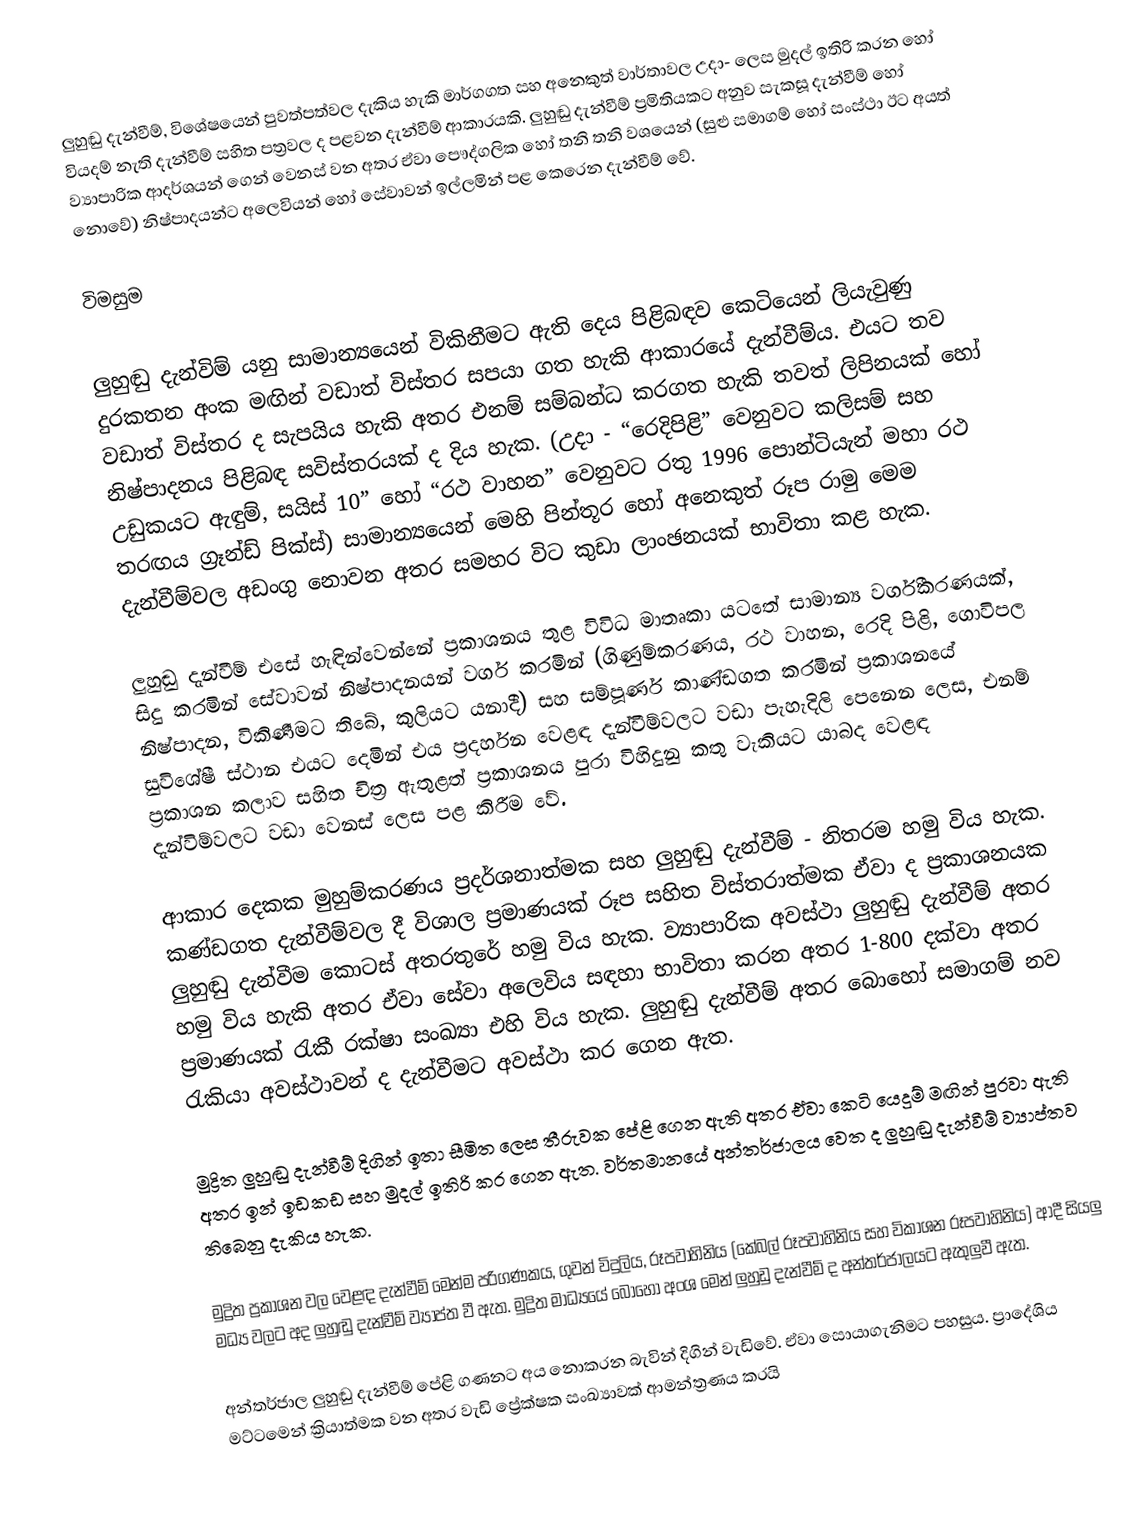
ලුහුඬු දැන්වීම්, විශේෂයෙන් පුවත්පත්වල දැකිය හැකි මාර්ගගත සහ අනෙකුත් වාර්තාවල උදා- ලෙස මුදල් ඉතිරි කරන හෝ වියදම් නැති දැන්වීම් සහිත පත්‍රවල ද පළවන දැන්වීම් ආකාරයකි. ලුහුඬු දැන්වීම් ප්‍රමිතියකට අනුව සැකසූ දැන්වීම් හෝ ව්‍යාපාරික ආදර්ශයන් ගෙන් වෙනස් වන අතර ඒවා පෞද්ගලික හෝ තනි තනි වශයෙන් (සුළු සමාගම් හෝ සංස්ථා ඊට අයත් නොවේ) නිෂ්පාදයන්ට අලෙවියන් හෝ සේවාවන් ඉල්ලමින් පළ කෙරෙන දැන්වීම් වේ.

විමසුම
‍
ලුහුඬු දැන්විම් යනු සාමාන්‍යයෙන් විකිනීමට ඇති දෙය පිළිබඳව කෙටියෙන් ලියැවුණු දුරකතන අංක මඟින් වඩාත් විස්තර සපයා ගත හැකි ආකාරයේ දැන්වීම්ය. එයට තව වඩාත් විස්තර ද සැපයිය හැකි අතර එනම් සම්බන්ධ කරගත හැකි තවත් ලිපිනයක් හෝ නිෂ්පාදනය පිළිබඳ සවිස්තරයක් ද දිය  හැක. (උදා - “රෙදිපිළි” වෙනුවට කලිසම් සහ උඩුකයට ඇඳුම්, සයිස් 10” හෝ “රථ වාහන” වෙනුවට රතු 1996 පොන්ටියැන් මහා රථ තරඟය ග්‍රෑන්ඩ් පික්ස්) සාමාන්‍යයෙන් මෙහි පින්තූර හෝ අනෙකුත් රූප රාමු මෙම දැන්වීම්වල අඩංගු නොවන අතර සමහර විට කුඩා ලාංඡනයක් භාවිතා කළ හැක.

ලුහුඬු දැන්වීම් එසේ හැඳින්වෙන්නේ ප්‍රකාශනය තුළ විවිධ මාතෘකා යටතේ සාමාන්‍ය වර්ගීකරණයක්, සිදු කරමින් සේවාවන් නිෂ්පාදනයන් වර්ග කරමින් (ගිණුම්කරණය, රථ වාහන, රෙදි පිළි, ගොවිපල නිෂ්පාදන, විකිණීමට තිබේ, කුලියට යනාදී) සහ සම්පූර්ණ කාණ්ඩගත කරමින් ප්‍රකාශනයේ සුවිශේෂී ස්ථාන එයට දෙමින් එය ප්‍රදර්හන වෙළඳ දැන්වීම්වලට වඩා පැහැදිලි පෙනෙන ලෙස, එනම් ප්‍රකාශන කලාව සහිත චිත්‍ර ඇතුළත් ප්‍රකාශනය පුරා විහිදුනු කතු වැකියට යාබද වෙළඳ දැන්විම්වලට වඩා  වෙනස් ලෙස පළ කිරීම වේ.

ආකාර දෙකක මුහුම්කරණය ප්‍රදර්ශනාත්මක සහ ලුහුඬු දැන්වීම් - නිතරම හමු විය හැක. කණ්ඩගත දැන්වීම්වල දී විශාල ප්‍රමාණයක් රූප සහිත විස්තරාත්මක ඒවා ද ප්‍රකාශනයක ලුහුඬු දැන්වීම කොටස් අතරතුරේ හමු විය හැක. ව්‍යාපාරික අවස්ථා ලුහුඬු දැන්වීම් අතර හමු විය හැකි අතර ඒවා සේවා අලෙවිය සඳහා භාවිතා කරන අතර 1-800 දක්වා අතර ප්‍රමාණයක් රැකී රක්ෂා සංඛ්‍යා එහි විය හැක. ලුහුඬු දැන්වීම් අතර බොහෝ සමාගම් නව රැකියා අවස්ථාවන් ද දැන්වීමට අවස්ථා කර ගෙන ඇත.

මුද්‍රිත ලුහුඬු දැන්වීම් දිගින් ඉතා සීමිත ලෙස තීරුවක පේළි ගෙන ඇති අතර ඒවා කෙටි යෙදුම් මඟින් පුරවා ඇති අතර ඉන් ඉඩකඩ සහ මුදල් ඉතිරි කර ගෙන ඇත. වර්තමානයේ අන්තර්ජාලය වෙත ද ලුහුඬු දැන්වීම් ව්‍යාප්තව තිබෙනු දැකිය හැක.

මුද්‍රිත ප්‍රකාශන වල වෙළඳ දැන්වීම් මෙන්ම පරිගණකය, ගුවන් විදුලිය, රූපවාහිනිය (කේබල් රූපවාහිනිය සහ විකාශන රූපවාහිනිය) ආදී සියලු මධ්‍ය වලට අද ලුහුඬු දැන්වීම් ව්‍යාප්ත වී ඇත. මුද්‍රිත මාධ්‍යයේ බොහෝ අංශ මෙන් ලුහුඩු දැන්වීම් ද අන්තර්ජාලයට ඇතුලුවී ඇත.

අන්තර්ජාල ලුහුඬු දැන්වීම් පේළි ගණනට අය නොකරන බැවින් දිගින් වැඩිවේ. ඒවා සොයාගැනිමට පහසුය. ප්‍රාදේශිය මට්ටමෙන් ක්‍රියාත්මක වන අතර වැඩි ප්‍රේක්ෂක සංඛ්‍යාවක් ආමන්ත්‍රණය කරයි